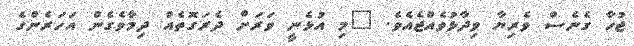
ޖުހާ ގެނެސް ވެރިޔާ ވިދާޅުވެއްޖެއެވެ. "މި އުޅެނީ ވަރަށް ދެރަގޮތެއް ދިމާވެގެން އަހަރެންގެ